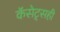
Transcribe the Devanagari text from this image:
कॅसेट्सही